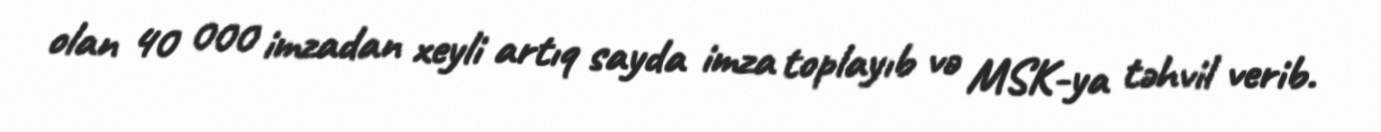
olan 40 000 imzadan xeyli artıq sayda imza toplayıb və MSK-ya təhvil verib.